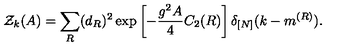
{ \cal Z } _ { k } ( A ) = \sum _ { R } ( d _ { R } ) ^ { 2 } \exp \left[ - \frac { g ^ { 2 } A } { 4 } C _ { 2 } ( R ) \right] \delta _ { [ N ] } ( k - m ^ { ( R ) } ) .